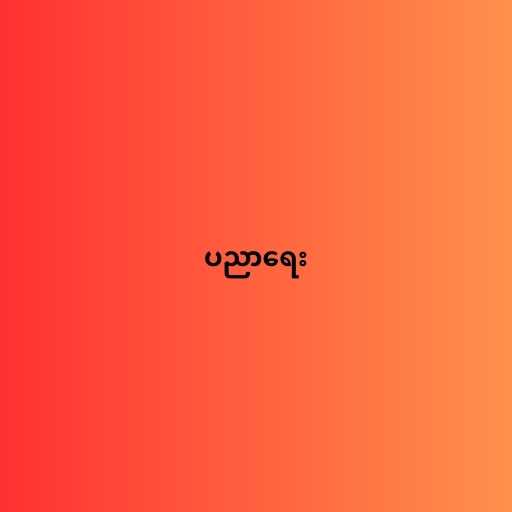
ပညာရေး